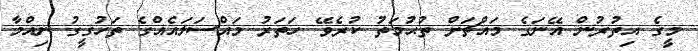
މީގެ އިތުރުން އޭނަގެ މައްޗަށް ތުޙުމަތު ކުރެވޭ ހަތަރު މައްސަލައެއްގެ ތަހުގީގު ނިއްމާ